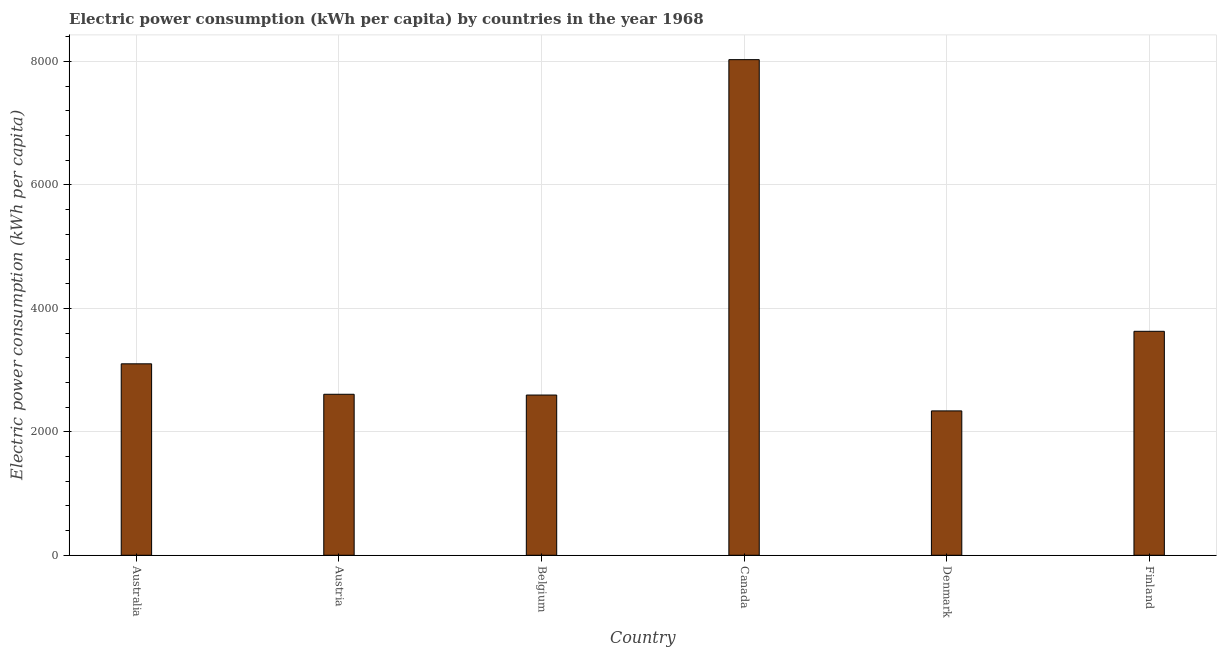
| Country | Electric power consumption |
 | --- | --- |
 | Australia | 3.1e+03 |
 | Austria | 2.61e+03 |
 | Belgium | 2.6e+03 |
 | Canada | 8.03e+03 |
 | Denmark | 2.34e+03 |
 | Finland | 3.63e+03 |